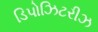
ડિપોઝિટરીઝ